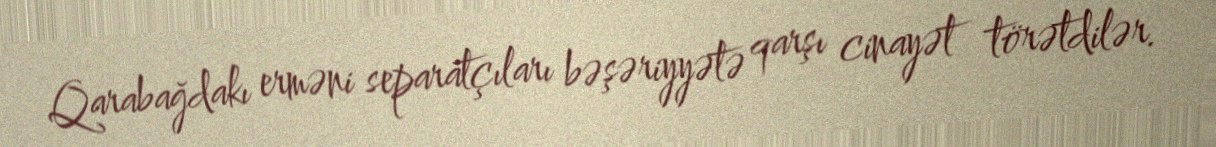
Qarabağdakı erməni separatçıları bəşəriyyətə qarşı cinayət törətdilər.